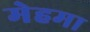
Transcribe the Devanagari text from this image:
मेहमा